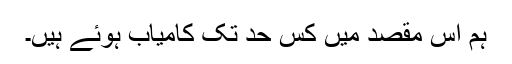
ہم اُس مقصد میں کس حد تک کامیاب ہوئے ہیں۔